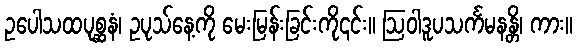
ဥပေါသထပုစ္ဆနံ၊ ဥပုသ်နေ့ကို မေးမြန်းခြင်းကို၎င်း။ ဩဝါဒူပသင်္ကမနန္တိ၊ ကား။